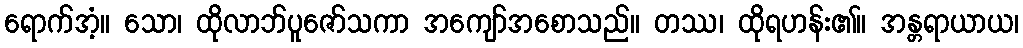
ရောက်အံ့။ သော၊ ထိုလာဘ်ပူဇော်သကာ အကျော်အစောသည်။ တဿ၊ ထိုရဟန်း၏။ အန္တရာယာယ၊